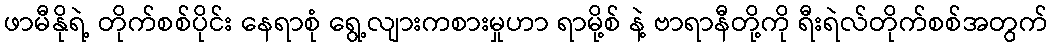
ဖာမီနိုရဲ့ တိုက်စစ်ပိုင်း နေရာစုံ ရွေ့လျားကစားမှုဟာ ရာမို့စ် နဲ့ ဗာရာနီတို့ကို ရီးရဲလ်တိုက်စစ်အတွက်